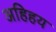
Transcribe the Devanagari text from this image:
अहिहय